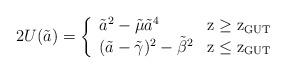
LaTeX: \begin{align*}2U(\tilde a) = \left \{ \begin{array}{ll}{\tilde a}^2 - {\tilde \mu}{\tilde a}^4 \ \ \ &{\rm z\geq z_{GUT}} \\(\tilde a-{\tilde \gamma})^2 - {\tilde \beta}^2 & {\rm z \leq z_{GUT}}\end{array}\right.\end{align*}